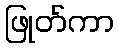
ဖြုတ်ကာ